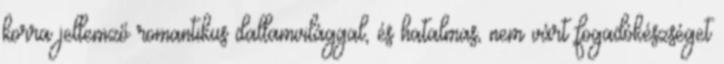
korra jellemző romantikus dallamvilággal, és hatalmas, nem várt fogadókészséget